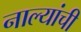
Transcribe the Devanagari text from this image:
नाल्यांची